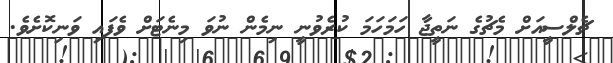
ޗެލްސީއަށް މެޗުގެ ނަތީޖާ ހަމަހަމަ ކުރެވުނީ ނިމެން ނުވަ މިނެޓަށް ވެފައި ވަނިކޮށެވެ.